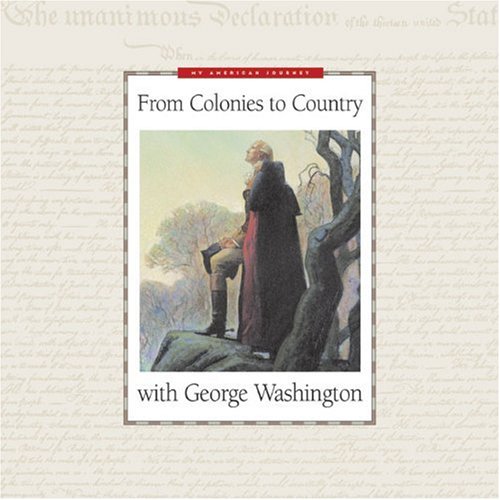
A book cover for From Colonies to Country with George Washington (My American Journey); Deborah Hedstrom-Page; Children's Books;